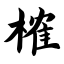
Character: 榷